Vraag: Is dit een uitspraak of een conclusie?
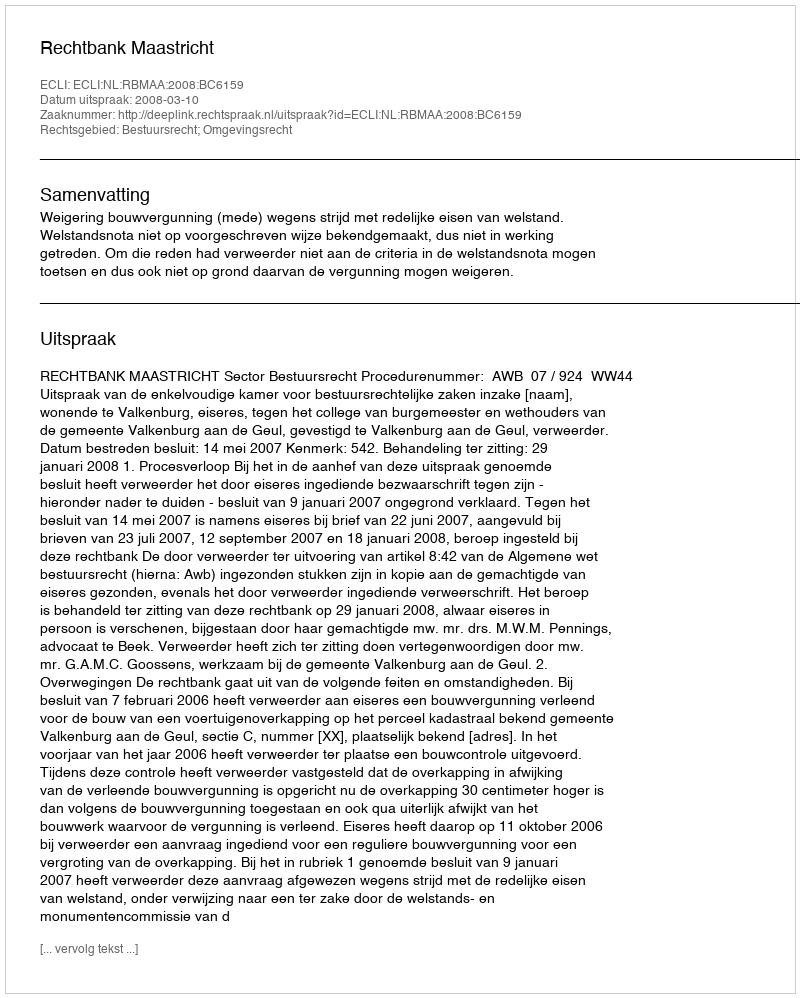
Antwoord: Uitspraak